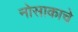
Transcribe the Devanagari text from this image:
नोसाकाचे